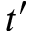
t ^ { \prime }